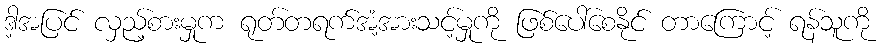
ဒါ့အပြင် လှည့်စားမှုက ရုတ်တရက်အံ့အားသင့်မှုကို ဖြစ်ပေါ်စေနိုင် တာကြောင့် ရန်သူကို